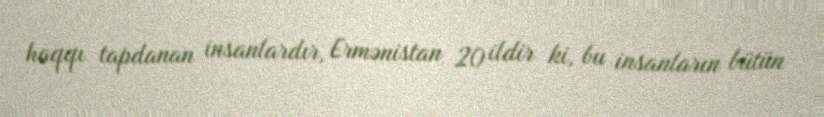
haqqı tapdanan insanlardır, Ermənistan 20 ildir ki, bu insanların bütün